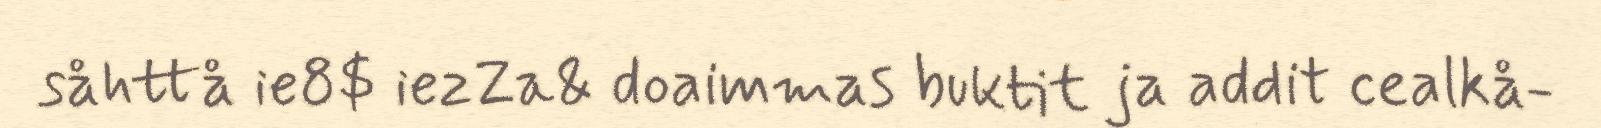
såhttå ie8$ iezZa& doaimmas buktit ja addit cealkå-